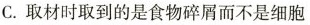
C.取材时取到的是食物碎屑而不是细胞